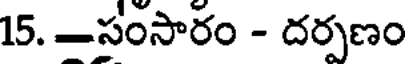
15. -సంసారం - దర్పణం